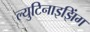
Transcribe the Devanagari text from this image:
ल्युटिनाइझिंग